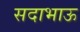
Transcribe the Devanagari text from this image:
सदाभाऊ